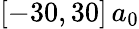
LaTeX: [-30,30]\, a_{0}